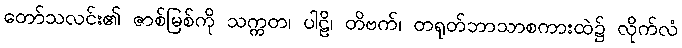
တော်သလင်း၏ ဇာစ်မြစ်ကို သက္ကတ၊ ပါဠိ၊ တိဗက်၊ တရုတ်ဘာသာစကားထဲ၌ လိုက်လံ